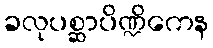
ခလုပစ္ဆာပိဏ္ဍိကေန